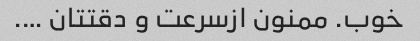
خوب. ممنون ازسرعت و دقتتان ….